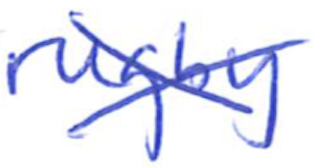
Text: rugby
Cross-out: cross
Writing tool: ballpoint